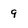
Character: 9